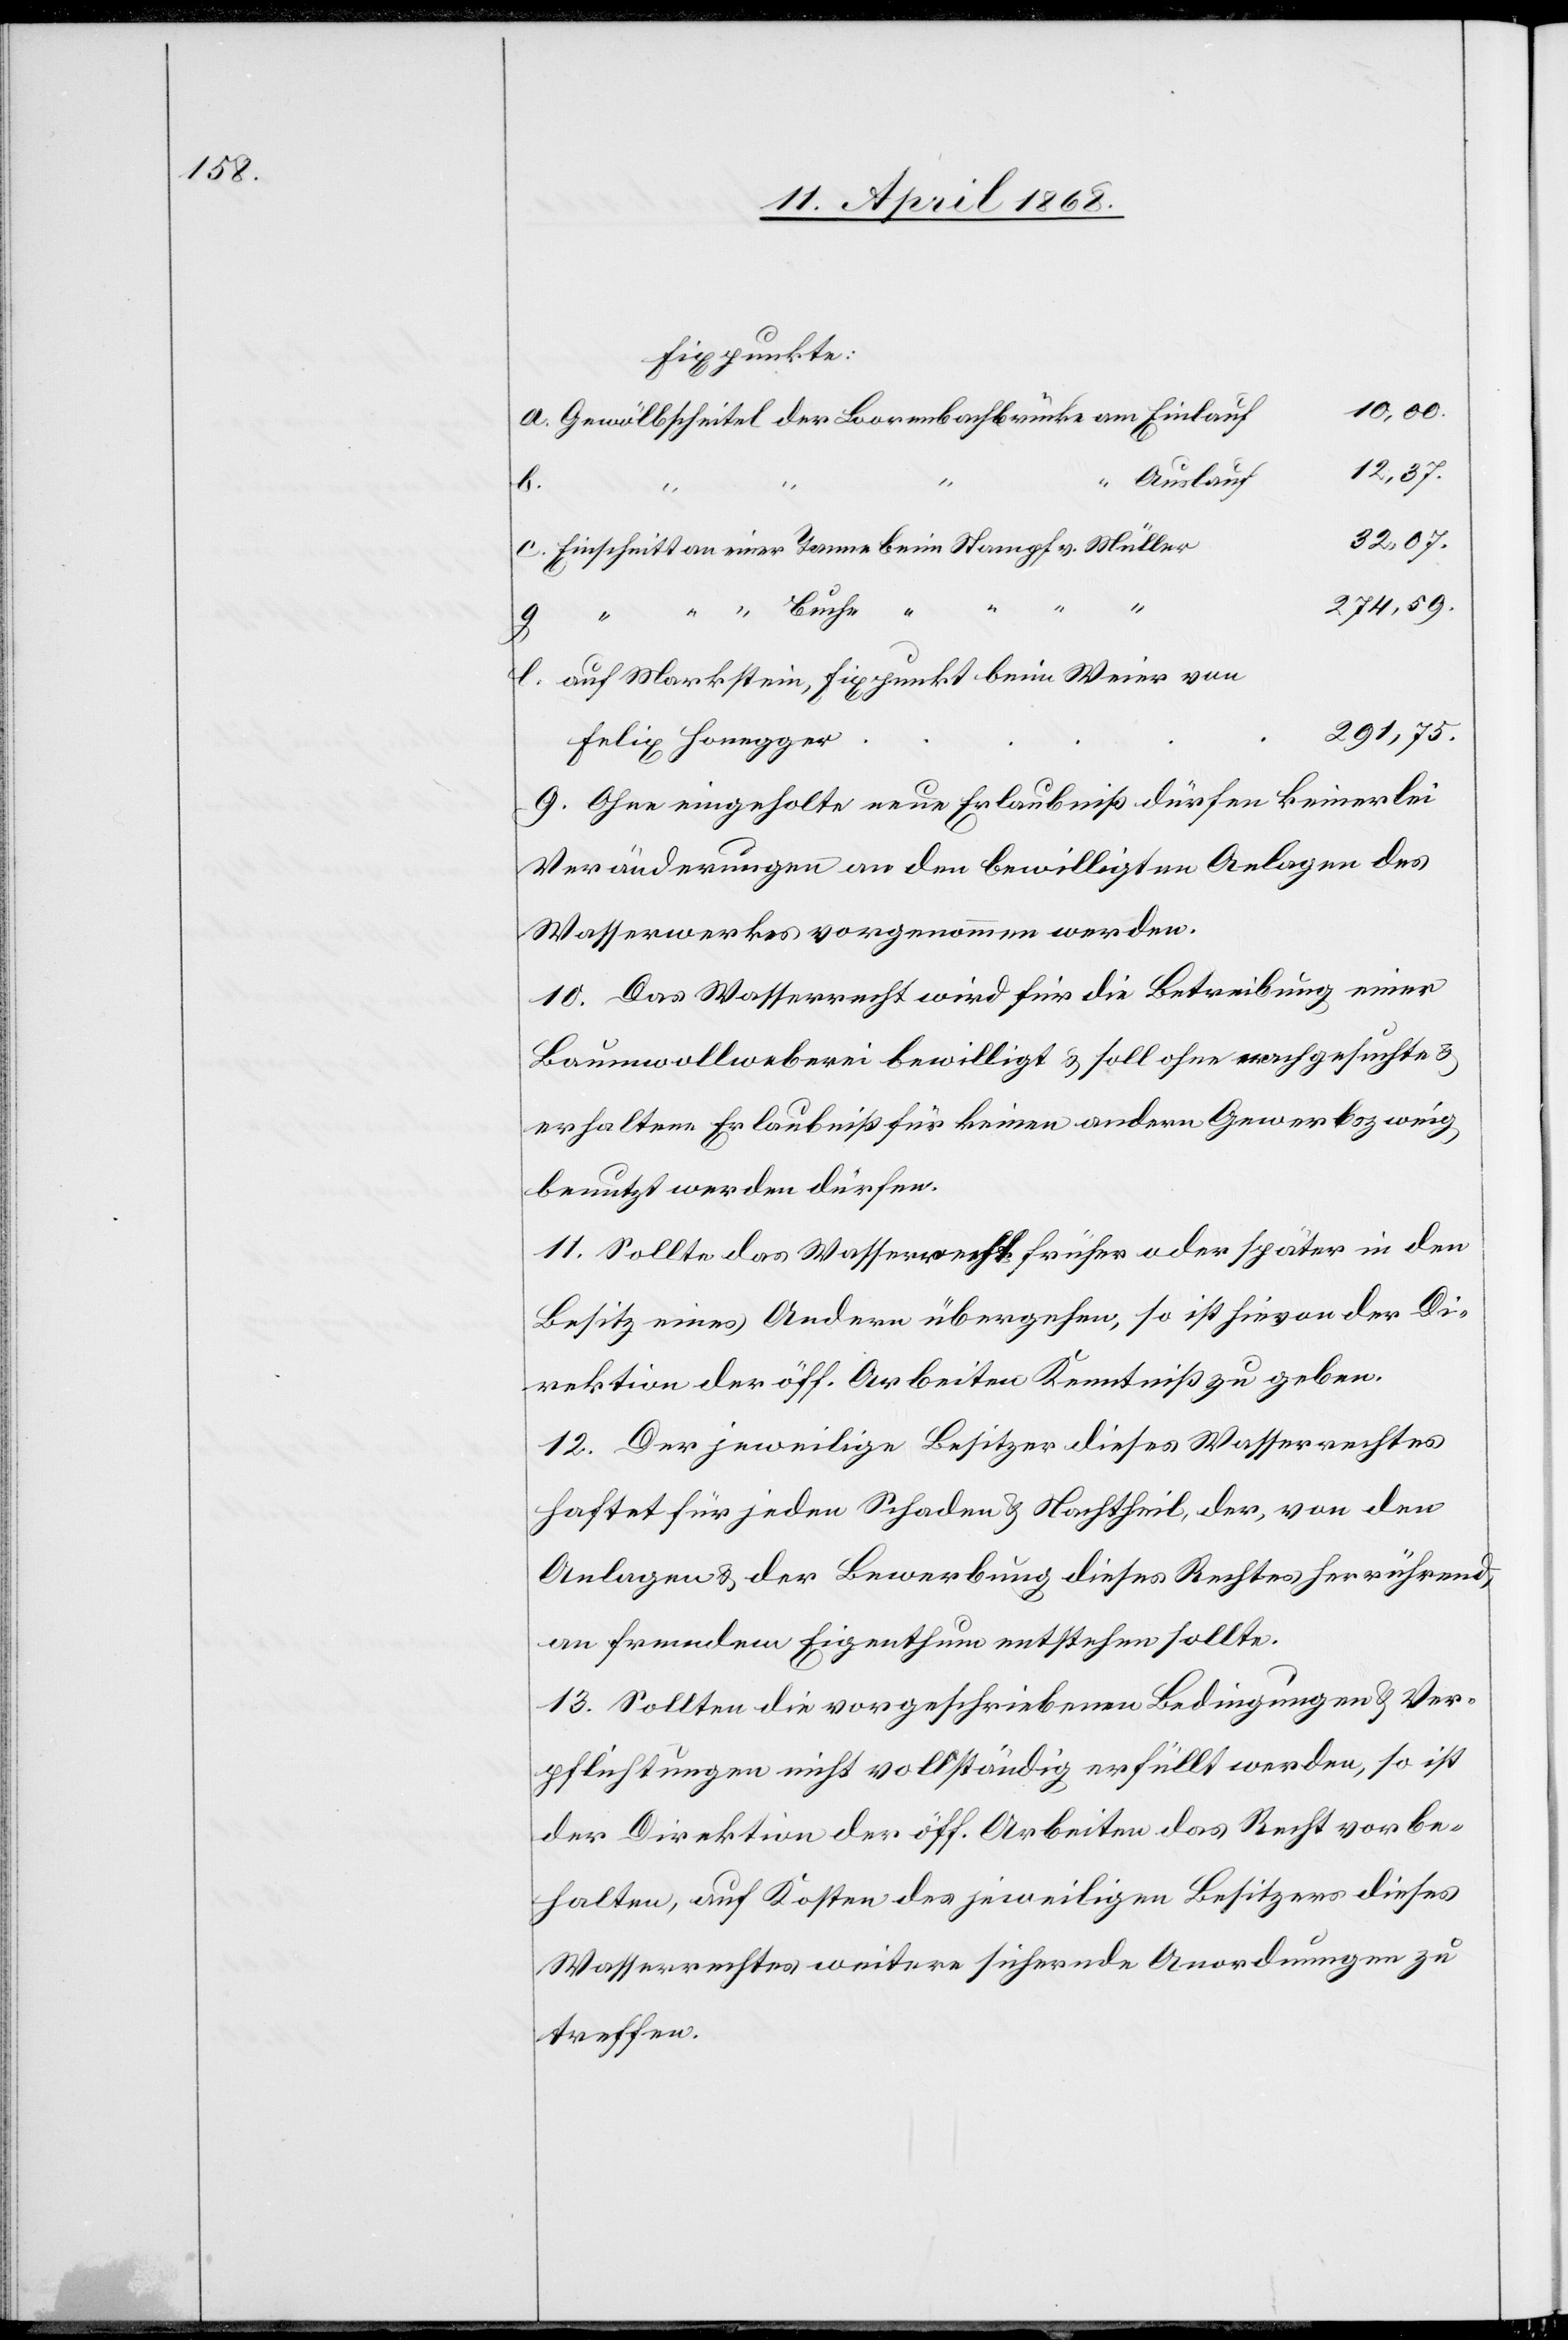
Fixpunkte:
Gewölbscheitel der Loorenbachbrücke am Einlauf
12,37.
“ Auslauf
l.
b.
“
32,07.
Einschnitt an einer Tanne beim Stampf v. Müller
274,59.
“ “ Buche “ “ “ “
g
auf Markstein, Fixpunkt beim Weier von
291,75.
Felix Honegger
9. Ohne eingeholte neue Erlaubniß dürfen keinerlei
Veränderungen an den bewilligten Anlagen des
Wasserwerkes vorgenommen werden.
10. Das Wasserrecht wird für die Betreibung einer
Baumwollweberei bewilligt & soll ohne nachgesuchte &
erhaltene Erlaubniß für keinen andern Gewerbszweig
benutzt werden dürfen.
11. Sollte das Wasserrecht früher oder später in den
Besitz eines Andern übergehen, so ist hievon der Di¬
rektion der öff. Arbeiten Kenntniß zu geben.
12. Der jeweilige Besitzer dieses Wasserrechtes
haftet für jeden Schaden & Nachtheil, der, von den
Anlagen & der Bewerbung dieses Rechtes herrührend,
an fremdem Eigenthum entstehen sollte.
13. Sollten die vorgeschriebenen Bedingungen & Ver¬
pflichtungen nicht vollständig erfüllt werden, so ist
der Direktion der öff. Arbeiten das Recht vorbe¬
halten, auf Kosten des jeweiligen Besitzers dieses
Wasserrechtes weitere sichernde Anordnungen zu
treffen.